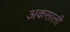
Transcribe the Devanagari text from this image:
अकसाली